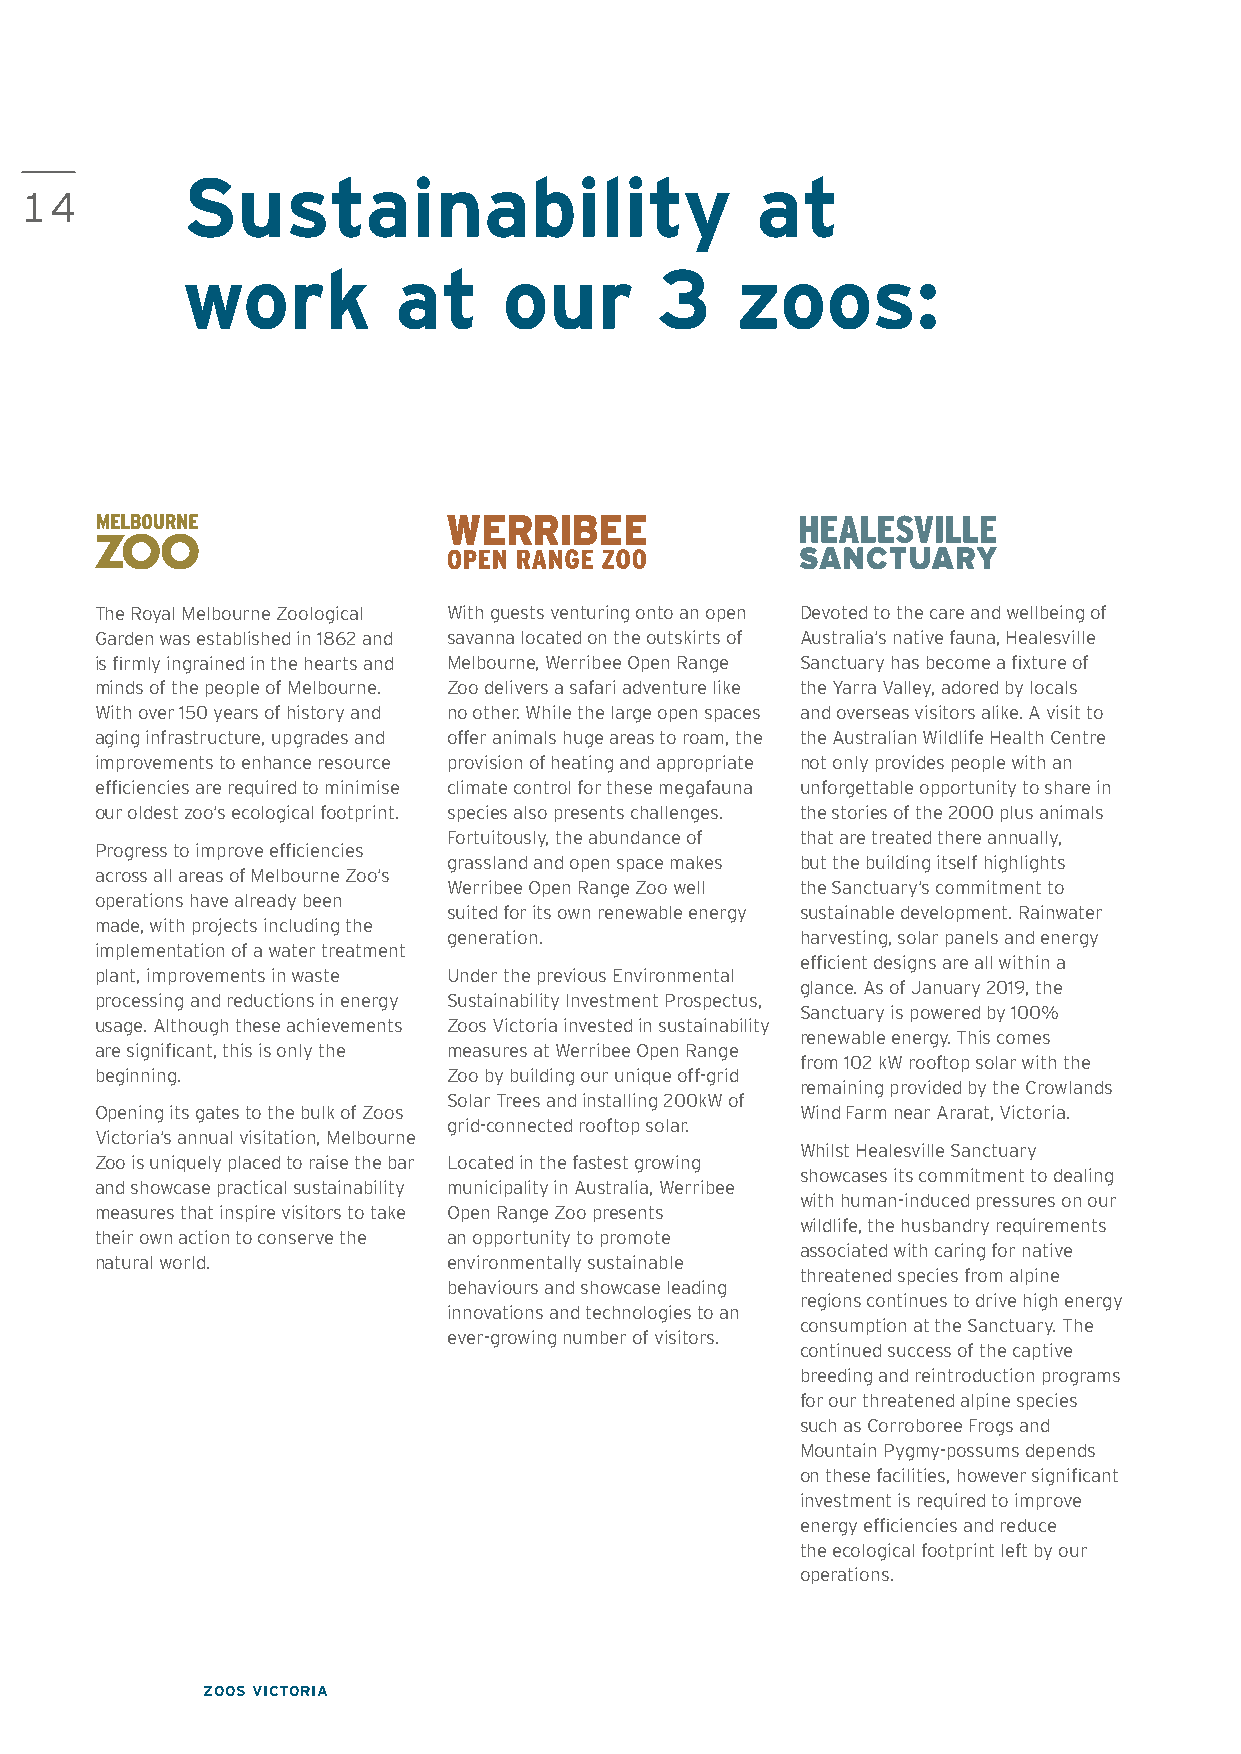
Sustainability                        at
 14
 work          at     our       3     zoos:
 The Royal Melbourne Zoological With guests venturing onto an open Devoted to the care and wellbeing of
 Garden was established in 1862 and savanna located on the outskirts of Australia’s native fauna, Healesville
 is firmly ingrained in the hearts and Melbourne, Werribee Open Range Sanctuary has become a fixture of
 minds of the people of Melbourne. Zoo delivers a safari adventure like the Yarra Valley, adored by locals
 With over 150 years of history and no other. While the large open spaces and overseas visitors alike. A visit to
 aging infrastructure, upgrades and offer animals huge areas to roam, the the Australian Wildlife Health Centre
 improvements to enhance resource provision of heating and appropriate not only provides people with an
 efficiencies are required to minimise climate control for these megafauna unforgettable opportunity to share in
 our oldest zoo’s ecological footprint. species also presents challenges. the stories of the 2000 plus animals
 Fortuitously, the abundance of that are treated there annually,
 Progress to improve efficiencies
 grassland and open space makes but the building itself highlights
 across all areas of Melbourne Zoo’s
 Werribee Open Range Zoo well the Sanctuary’s commitment to
 operations have already been
 suited for its own renewable energy sustainable development. Rainwater
 made, with projects including the
 generation.            harvesting, solar panels and energy
 implementation of a water treatment
 efficient designs are all within a
 plant, improvements in waste Under the previous Environmental
 glance. As of January 2019, the
 processing and reductions in energy Sustainability Investment Prospectus,
 Sanctuary is powered by 100%
 usage. Although these achievements Zoos Victoria invested in sustainability
 renewable energy. This comes
 are significant, this is only the measures at Werribee Open Range
 from 102 kW rooftop solar with the
 beginning.              Zoo by building our unique off-grid
 remaining provided by the Crowlands
 Solar Trees and installing 200kW of
 Opening its gates to the bulk of Zoos          Wind Farm near Ararat, Victoria.
 grid-connected rooftop solar.
 Victoria’s annual visitation, Melbourne
 Whilst Healesville Sanctuary
 Zoo is uniquely placed to raise the bar Located in the fastest growing
 showcases its commitment to dealing
 and showcase practical sustainability municipality in Australia, Werribee
 with human-induced pressures on our
 measures that inspire visitors to take Open Range Zoo presents
 wildlife, the husbandry requirements
 their own action to conserve the an opportunity to promote
 associated with caring for native
 natural world.          environmentally sustainable
 threatened species from alpine
 behaviours and showcase leading
 regions continues to drive high energy
 innovations and technologies to an
 consumption at the Sanctuary. The
 ever-growing number of visitors.
 continued success of the captive
 breeding and reintroduction programs
 for our threatened alpine species
 such as Corroboree Frogs and
 Mountain Pygmy-possums depends
 on these facilities, however significant
 investment is required to improve
 energy efficiencies and reduce
 the ecological footprint left by our
 operations.
 ZOOS VICTORIA